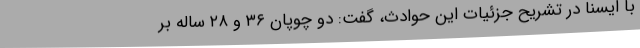
با ایسنا در تشریح جزئیات این حوادث، گفت: دو چوپان ۳۶ و ۲۸ ساله بر